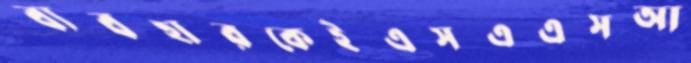
ব্যবহারকেইএসএএসআ